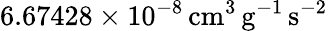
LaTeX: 6.67428\times 10^{-8}{\mathrm{\, cm}}^{3}{{\mathrm{\, g}}}^{-1}{\mathrm{\, s}}^{-2}